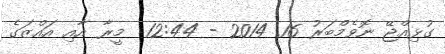
ގުޅިއްޖޭ ނޮވެމްބަރު 16